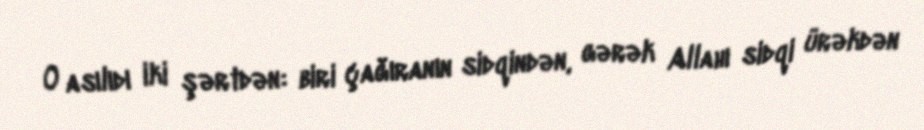
O asılıdı iki şərtdən: biri çağıranın sidqindən, gərək Allahı sidqi ürəkdən